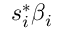
s _ { i } ^ { * } \beta _ { i }